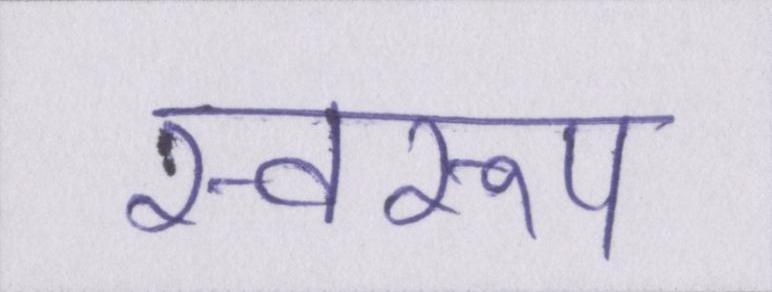
स्वरूप